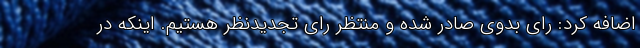
اضافه کرد: رای بدوی صادر شده و منتظر رای تجدیدنظر هستیم. اینکه در